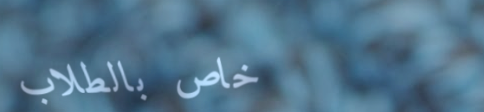
خاص بالطلاب